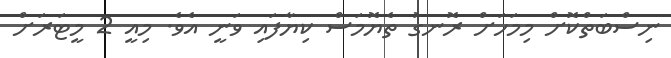
ނިސްބަތްކޮށް މިމަހަށް ރޮނގު ތެޔޮމަސް ކިޔާފައި ވަނީ އެވެ. މިއީ 2 މީޓަރަށް